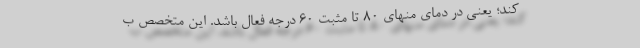
کند؛ یعنی در دمای منهای ۸۰ تا مثبت ۶۰ درجه فعال باشد. این متخصص ب